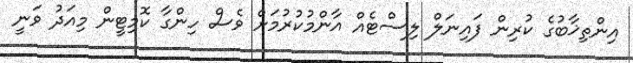
އިންތިޚާބުގެ ކުރިން ފައިނަލް ލިސްޓެއް އާންމުކުރުމަށް ވެސް ހިންގާ ކޮމިޓީން މިއަދު ވަނީ